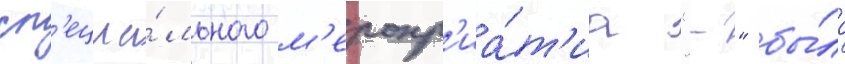
сп'ециа́льного м'еропр'иа́т'иа "-" бы́ло